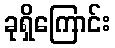
ခုရှိကြောင်း